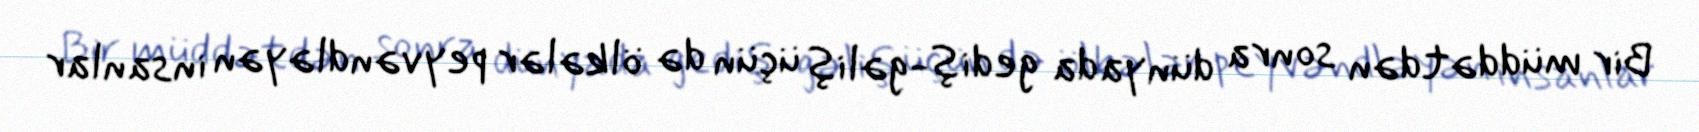
Bir müddətdən sonra dünyada gediş-gəliş üçün də ölkələr peyvəndləyən insanlar